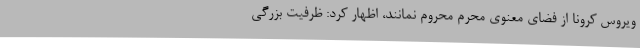
ویروس کرونا از فضای معنوی محرم محروم نمانند، اظهار کرد: ظرفیت بزرگی